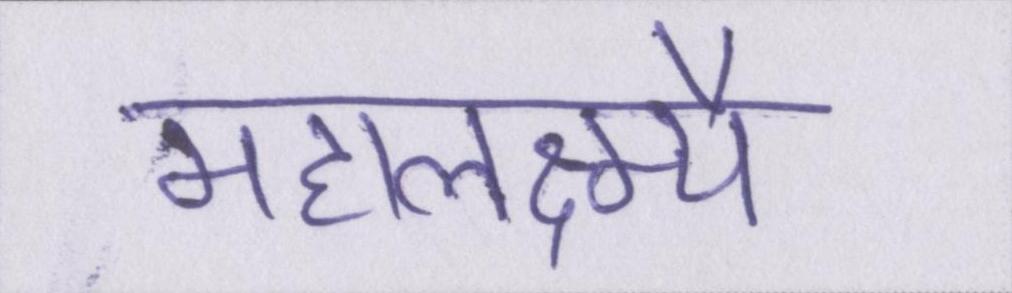
महालक्ष्म्यै